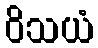
ဝိသယံ